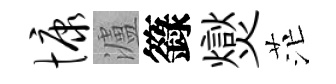
慷瀘籙爕茫